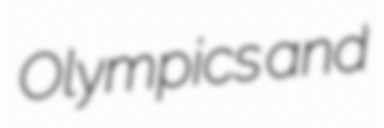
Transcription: Olympics and